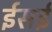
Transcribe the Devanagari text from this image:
ईसई